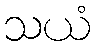
သယံ